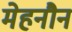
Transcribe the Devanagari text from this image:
मेहनौन